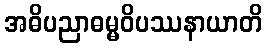
အဓိပညာဓမ္မဝိပဿနာယာတိ